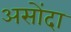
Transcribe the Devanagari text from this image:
असोंदा